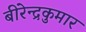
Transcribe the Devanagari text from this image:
बीरेन्द्रकुमार